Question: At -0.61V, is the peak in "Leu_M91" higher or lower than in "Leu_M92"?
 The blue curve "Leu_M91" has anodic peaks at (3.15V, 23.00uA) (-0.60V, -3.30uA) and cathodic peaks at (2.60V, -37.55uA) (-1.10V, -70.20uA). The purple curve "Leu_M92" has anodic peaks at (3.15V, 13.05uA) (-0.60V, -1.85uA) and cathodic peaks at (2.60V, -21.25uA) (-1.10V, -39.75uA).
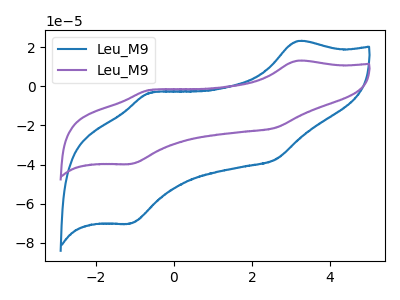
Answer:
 <answer>The peak at -0.61V is lower in "Leu_M91" than in "Leu_M92".</answer>
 <eval>lower</eval>